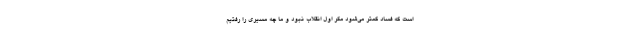
است که فساد کمتر می‌شود مگر اول انقلاب نبود و ما چه مسیری را رفتیم